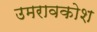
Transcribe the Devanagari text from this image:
उमरावकोश